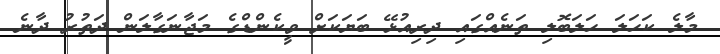
މާލެ ކަހަލަ ހަލަބޮލި ތަނެއްގައި ދިރިއުޅޭ ބަޔަކަށް ވީކެންޑްގެ މަޖާނަގާލަން ދަތުރު ދާނެ